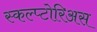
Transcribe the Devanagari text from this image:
स्कल्प्टोरिअस